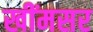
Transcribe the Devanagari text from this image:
खींमसर